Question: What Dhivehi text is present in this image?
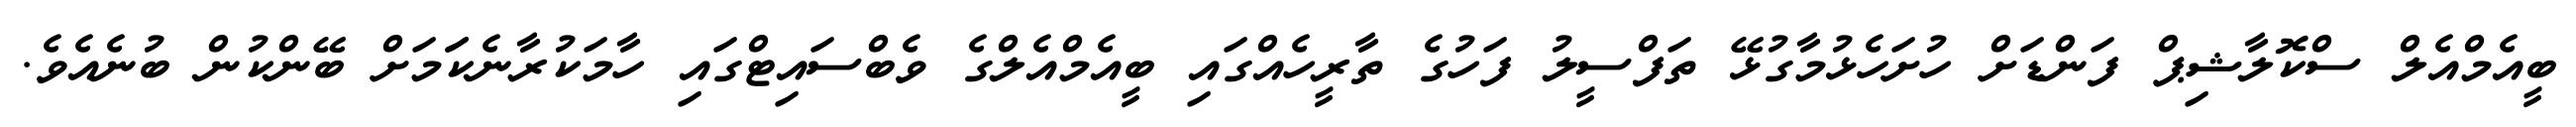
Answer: ބީއެމްއެލް ސްކޮލާޝިޕް ފަންޑަށް ހުށަހެޅުމާގުޅޭ ތަފްސީލު ފަހުގެ ތާރީހެއްގައި ބީއެމްއެލްގެ ވެބްސައިޓްގައި ހާމަކުރާނެކަަމަށް ބޭންކުން ބުނެއެވެ.